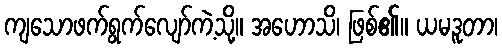
ကျသောဖက်ရွက်လျော်ကဲ့သို့။ အဟောသိ၊ ဖြစ်၏။ ယမဒူတာ၊